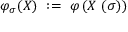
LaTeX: \varphi _ { \sigma } ( X ) \ : = \ \varphi \left( X \, \left( \sigma \right) \right)